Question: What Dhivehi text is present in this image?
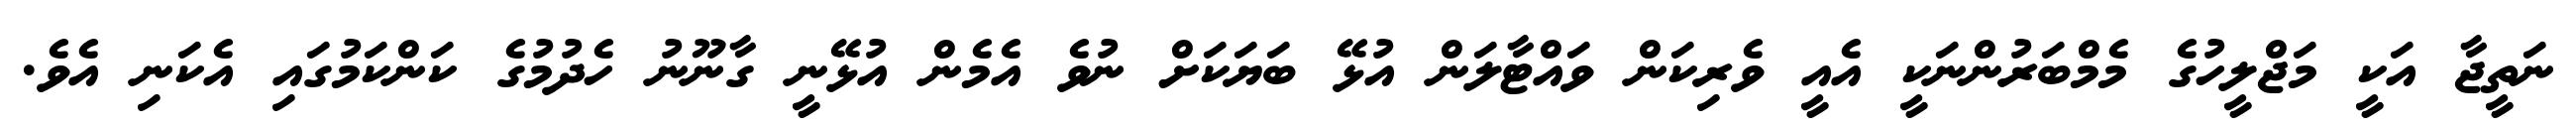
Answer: ނަތީޖާ އަކީ މަޖްލީހުގެ މެމްބަރުންނަކީ އެއީ ވެރިކަން ވައްޓާލަން އުޅޭ ބަޔަކަށް ނުވެ އެމެން އުޅޭނީ ގާނޫނު ހެދުމުގެ ކަންކަމުގައި އެކަނި އެވެ.